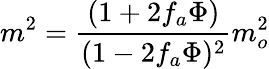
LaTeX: m^{2}=\frac{(1+2f_{a}\Phi)}{(1-2f_{a}\Phi)^{2}}m_{o}^{2}